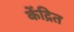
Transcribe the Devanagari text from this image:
केंद्रित